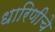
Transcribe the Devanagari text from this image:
धारिणीचे